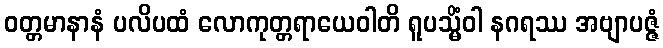
ဝတ္တမာနာနံ ပလိပထံ လောကုတ္တရာယေဝါတိ ရူပသ္မိံဝါ နဂရဿ အဗျာပဇ္ဇံ